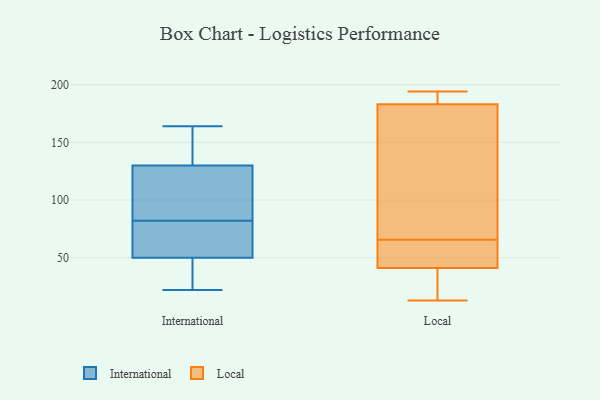
{"axis": {"x": "Conversion Rate (%)", "y": "Value"}, "legend": ["International", "Local"], "data": [{"x": "", "y": 60, "type": "International"}, {"x": "", "y": 143, "type": "International"}, {"x": "", "y": 113, "type": "International"}, {"x": "", "y": 22, "type": "International"}, {"x": "", "y": 82, "type": "International"}, {"x": "", "y": 130, "type": "International"}, {"x": "", "y": 130, "type": "International"}, {"x": "", "y": 82, "type": "International"}, {"x": "", "y": 40, "type": "International"}, {"x": "", "y": 37, "type": "International"}, {"x": "", "y": 164, "type": "International"}, {"x": "", "y": 64, "type": "International"}, {"x": "", "y": 13, "type": "Local"}, {"x": "", "y": 63, "type": "Local"}, {"x": "", "y": 179, "type": "Local"}, {"x": "", "y": 112, "type": "Local"}, {"x": "", "y": 63, "type": "Local"}, {"x": "", "y": 116, "type": "Local"}, {"x": "", "y": 41, "type": "Local"}, {"x": "", "y": 25, "type": "Local"}, {"x": "", "y": 63, "type": "Local"}, {"x": "", "y": 68, "type": "Local"}, {"x": "", "y": 21, "type": "Local"}, {"x": "", "y": 190, "type": "Local"}, {"x": "", "y": 54, "type": "Local"}, {"x": "", "y": 189, "type": "Local"}, {"x": "", "y": 192, "type": "Local"}, {"x": "", "y": 183, "type": "Local"}, {"x": "", "y": 35, "type": "Local"}, {"x": "", "y": 194, "type": "Local"}]}